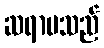
ဆရာမသည်